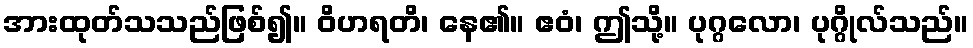
အားထုတ်သသည်ဖြစ်၍။ ဝိဟရတိ၊ နေ၏။ ဧဝံ၊ ဤသို့။ ပုဂ္ဂလော၊ ပုဂ္ဂိုလ်သည်။